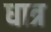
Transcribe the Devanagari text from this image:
धात्र